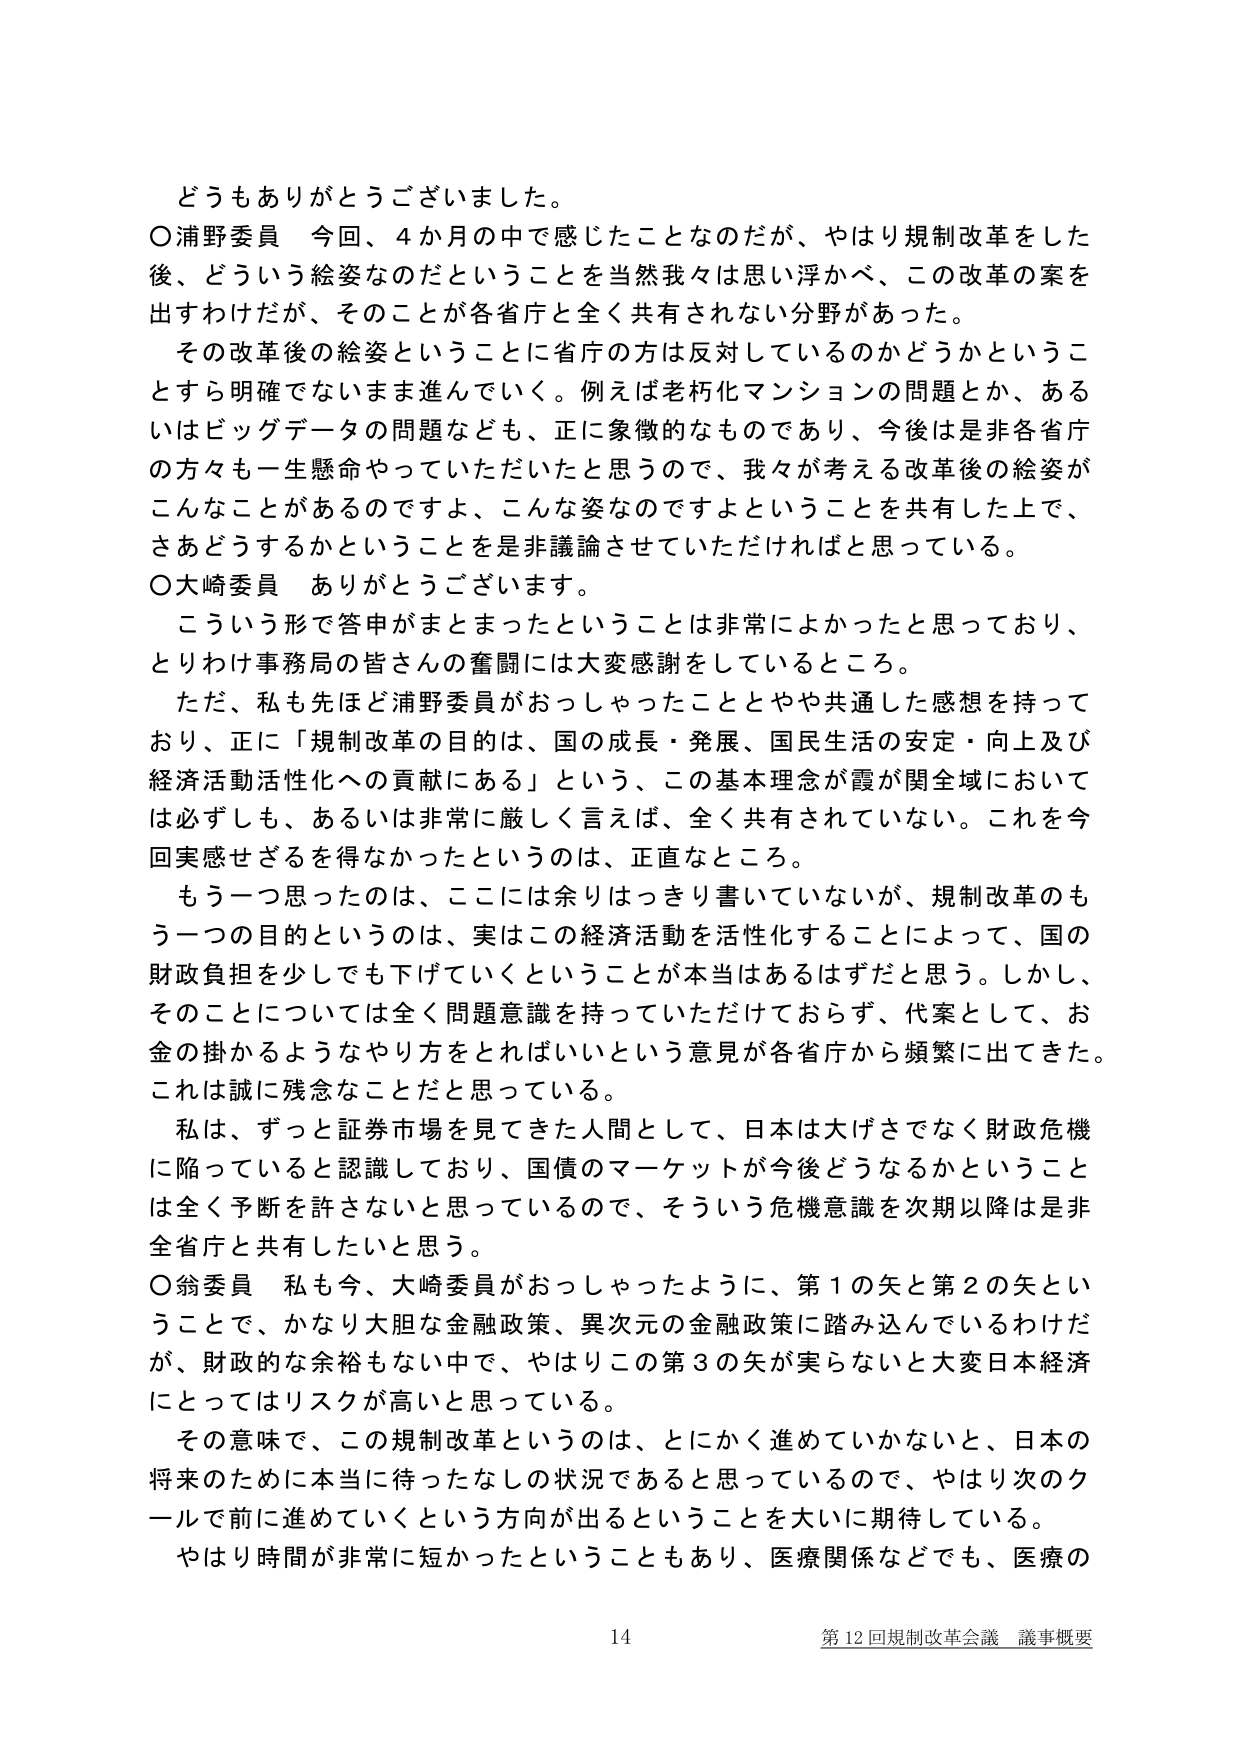
どうもありがとうございました。

〇浦野委員　今回、4か月の中で感じたことなのだが、やはり規制改革をした後、どういう絵姿なのだということを当然我々は思い浮かべ、この改革の案を出すわけだが、そのことが各省庁と全く共有されない分野があった。

その改革後の絵姿ということに省庁の方は反対しているのかどうかということすら明確でないまま進んでいく。例えば老朽化マンションの問題とか、あるいはビッグデータの問題なども、正に象徴的なものであり、今後は是非各省庁の方々も一生懸命やっていただいたいと思うので、我々が考える改革後の絵姿がこんなことがあるのですよ、こんな姿なのですよということを共有した上で、さあどうするかということを是非議論させていただければと思っている。

〇大崎委員　ありがとうございます。

こういう形で答申がまとまったということは非常によかったと思っており、とりわけ事務局の皆さんの奮闘には大変感謝をしているところ。

ただ、私も先ほど浦野委員がおっしゃったこととやや共通した感想を持っており、正に「規制改革の目的は、国の成長・発展、国民生活の安定・向上及び経済活動活性化への貢献にある」という、この基本理念が霞が関全域においては必ずしも、あるいは非常に厳しく言えば、全く共有されていない。これを今回実感せざるを得なかったというのは、正直なところ。

もう一つ思ったのは、ここには余りはっきり書いていないが、規制改革のもう一つの目的というのは、実はこの経済活動を活性化することによって、国の財政負担を少しでも下げていくということが本当はあるはずだと思う。しかし、そのことについては全く問題意識を持っていただけておらず、代案として、お金の掛かるようなやり方をとればいいという意見が各省庁から頻繁に出てきた。これは誠に残念なことだと思っている。

私は、ずっと証券市場を見てきた人間として、日本は大げさでなく財政危機に陥っていると認識しており、国債のマーケットが今後どうなるかということは全く予断を許さないと思っているので、そういう危機意識を次期以降は非全省庁と共有したいと思う。

〇翁委員　私も今、大崎委員がおっしゃったように、第1の矢と第2の矢ということで、かなり大胆な金融政策、異次元の金融政策に踏み込んでいるわけだが、財政的な余裕もない中で、やはりこの第3の矢が実らないと大変日本経済にとってはリスクが高いと思っている。

その意味で、この規制改革というのは、とにかく進めていかないと、日本の将来のために本当に待ったなしの状況であると思っているので、やはり次のクールで前に進めていくという方向が出るということを大いに期待している。

やはり時間が非常に短かったということもあり、医療関係などでも、医療の

14　第12回規制改革会議 議事概要